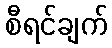
စီရင်ချက်